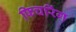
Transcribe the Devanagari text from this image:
फिचरिंग